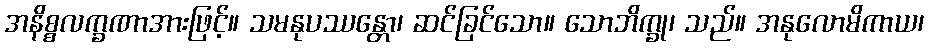
အနိစ္စလက္ခဏာအားဖြင့်။ သမနုပဿန္တော၊ ဆင်ခြင်သော။ သောဘိက္ခု၊ သည်။ အနုလောမိကာယ၊